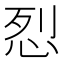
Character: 㤠